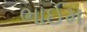
ભાઈમ